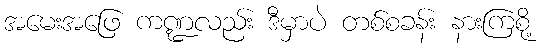
အမေးအဖြေ ကဏ္ဍလည်း ဒီမှာပဲ တစ်စခန်း နားကြစို့